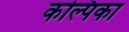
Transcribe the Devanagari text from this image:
कल्पिका